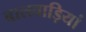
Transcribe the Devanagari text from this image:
बालवाड़ियां